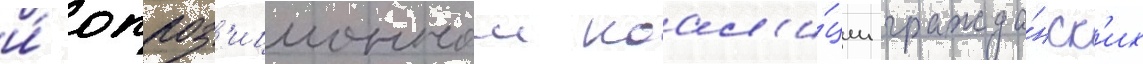
и́ оппоз'иционнои коал'и́ции гражда́нск'их